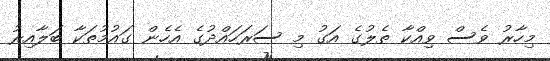
މިހާރު ވެސް ވިއްކާ ތެލުގެ އަގު މި ސަރަހައްދުގެ އެހެން ގައުމުތަކާ ބަލާއިރު